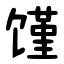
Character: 馑